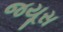
જયૂસ